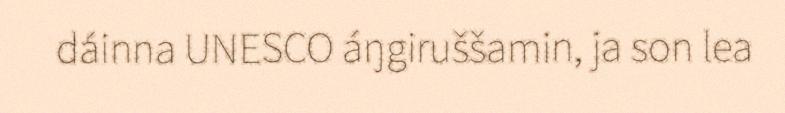
dáinna UNESCO áŋgiruššamin, ja son lea